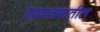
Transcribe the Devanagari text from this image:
दृश्यजगातील